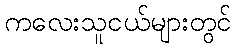
ကလေးသူငယ်များတွင်